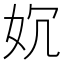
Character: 㚮